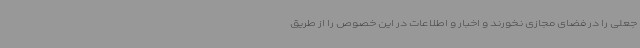
جعلی را در فضای مجازی نخورند و اخبار و اطلاعات در این خصوص را از طریق